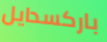
باركسدايل